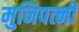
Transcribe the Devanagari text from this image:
मुनिपत्‍नी